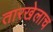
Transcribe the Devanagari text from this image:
तारखेलाच